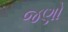
જણો